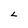
Character: L